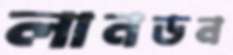
লানডন